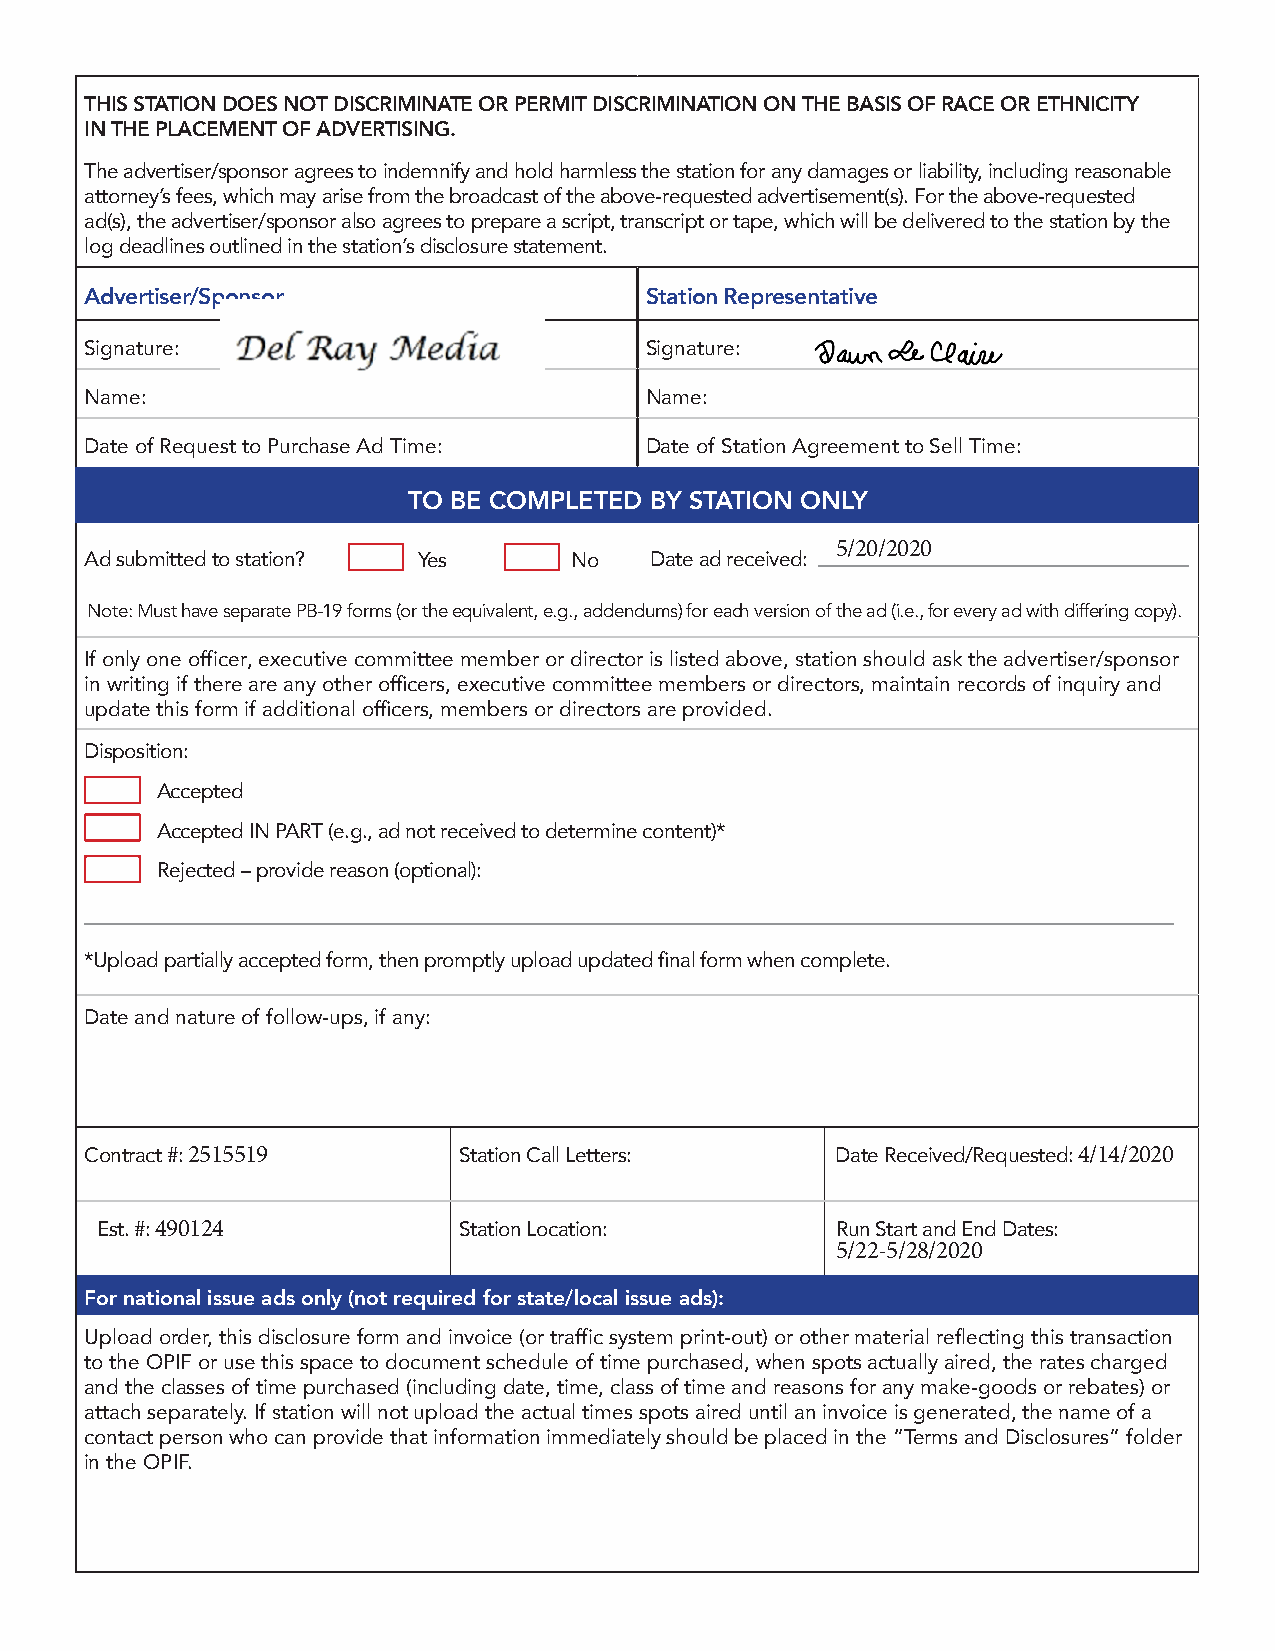
THIS STATION DOES NOT DISCRIMINATE OR PERMIT DISCRIMINATION ON THE BASIS OF RACE OR ETHNICITY
 IN THE PLACEMENT OF ADVERTISING.
 The advertiser/sponsor agrees to indemnify and hold harmless the station for any damages or liability, including reasonable
 attorney’s fees, which may arise from the broadcast of the above-requested advertisement(s). For the above-requested
 ad(s), the advertiser/sponsor also agrees to prepare a script, transcript or tape, which will be delivered to the station by the
 log deadlines outlined in the station’s disclosure statement.
 Advertiser/Sponsor                   Station Representative
 Signature:                           Signature:
 Name:                                Name:
 Date of Request to Purchase Ad Time: Date of Station Agreement to Sell Time:
 TO BE COMPLETED BY STATION ONLY
 5/20/2020
 Ad submitted to station? Yes    No   Date ad received:
 Note: Must have separate PB-19 forms (or the equivalent, e.g., addendums) for each version of the ad (i.e., for every ad with differing copy).
 If only one officer, executive committee member or director is listed above, station should ask the advertiser/sponsor
 in writing if there are any other officers, executive committee members or directors, maintain records of inquiry and
 update this form if additional officers, members or directors are provided.
 Disposition:
 Accepted
 Accepted IN PART (e.g., ad not received to determine content)*
 Rejected – provide reason (optional):
 *Upload partially accepted form, then promptly upload updated final form when complete.
 Date and nature of follow-ups, if any:
 Contract #: 2515519     Station Call Letters:    Date Received/Requested: 4/14/2020
 Est. #: 490124          Station Location:        Run Start and End Dates:
 5/22-5/28/2020
 For national issue ads only (not required for state/local issue ads):
 Upload order, this disclosure form and invoice (or traffic system print-out) or other material reflecting this transaction
 to the OPIF or use this space to document schedule of time purchased, when spots actually aired, the rates charged
 and the classes of time purchased (including date, time, class of time and reasons for any make-goods or rebates) or
 attach separately. If station will not upload the actual times spots aired until an invoice is generated, the name of a
 contact person who can provide that information immediately should be placed in the “Terms and Disclosures” folder
 in the OPIF.